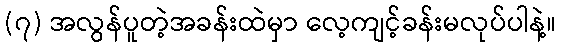
(၇) အလွန်ပူတဲ့အခန်းထဲမှာ လေ့ကျင့်ခန်းမလုပ်ပါနဲ့။